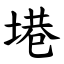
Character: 塂